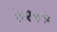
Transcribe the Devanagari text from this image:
७२५५